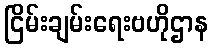
ငြိမ်းချမ်းရေးဗဟိုဌာန